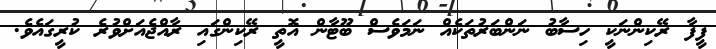
ފީފާ ރޭކިންނަކީ ހިސާބު ނަންބަރުތަކެއް ނަމަވެސް ބޫޓާން އޮތީ ރޭކިންގައި ރާއްޖެއަށްވުރެ ކުރީގައެވެ.